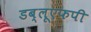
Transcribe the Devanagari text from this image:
डब्लूएफपी